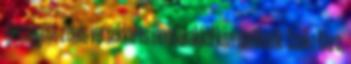
újra együtt Zenés versekkel és mondókákkal közreműködik: Cseke Klára,